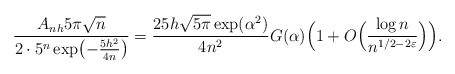
\begin{align*} \frac{A_{nh}5\pi\sqrt{n}}{2\cdot 5^n\exp\bigl(-\frac{5h^2}{4n}\bigr)} = \frac{25h\sqrt{5\pi}\exp(\alpha^2)}{4n^2}G(\alpha)\Bigl(1+ O\Bigl(\frac{\log n}{n^{1/2-2\varepsilon}}\Bigr)\Bigr). \end{align*}